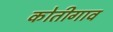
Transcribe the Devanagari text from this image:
कोतीगाव